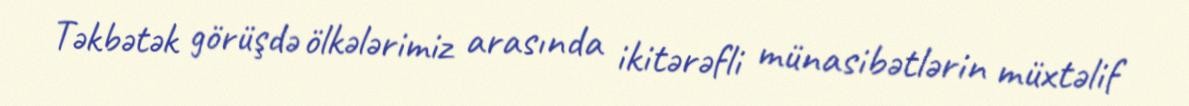
Təkbətək görüşdə ölkələrimiz arasında ikitərəfli münasibətlərin müxtəlif